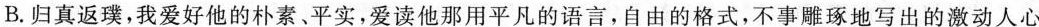
B.归真返璞，我爱好他的朴素、平实，爱读他那用平凡的语言，自由的格式，不事雕琢地写出的激动人心